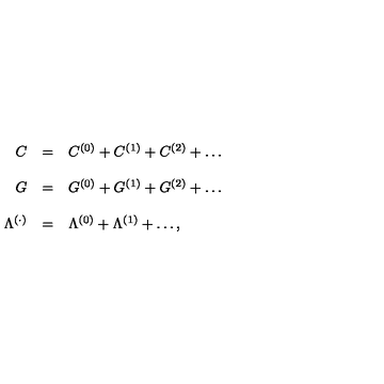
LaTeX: \begin{array} { r c l } { C } & { = } & { C ^ { ( 0 ) } + C ^ { ( 1 ) } + C ^ { ( 2 ) } + \ldots } \\ { } & { } & { } \\ { G } & { = } & { G ^ { ( 0 ) } + G ^ { ( 1 ) } + G ^ { ( 2 ) } + \ldots } \\ { } & { } & { } \\ { \Lambda ^ { ( \cdot ) } } & { = } & { \Lambda ^ { ( 0 ) } + \Lambda ^ { ( 1 ) } + \ldots , } \\ \end{array}